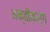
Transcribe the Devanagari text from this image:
भक्तीमार्ग